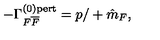
- \Gamma _ { F { \overline { { F } } } } ^ { ( 0 ) \mathrm { { p e r t } } } = p { / } + \hat { m } _ { F } ,